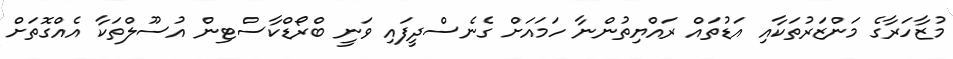
މުޒާހަރާގެ މަންޒަރުތަކާއި އަޑުތައް ރައްޔިތުންނާ ހަމައަށް ގެނެސްދީފައި ވަނީ ބްރޯޑްކާސްޓިން އުސޫލްތަކާ އެއްގޮތަށް